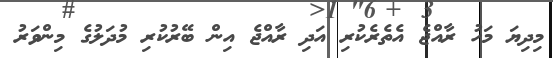
މިދިޔަ މަހު ރާއްޖެ އެތެރެކުރި އަދި ރާއްޖެ އިން ބޭރުކުރި މުދަލުގެ މިންވަރު